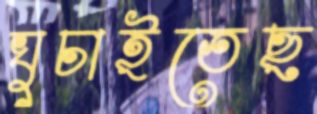
ঘুচাইতেছ